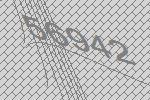
56942